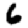
Digit: 6